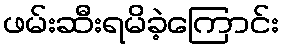
ဖမ်းဆီးရမိခဲ့ကြောင်း